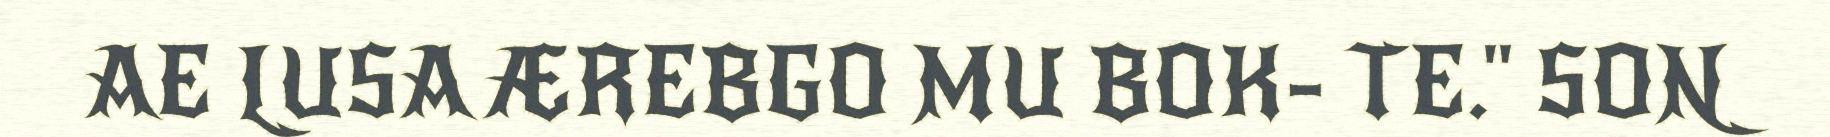
AE LUSA ÆREBGO MU BOK- TE." SON